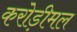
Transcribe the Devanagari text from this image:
करोड़ीमल